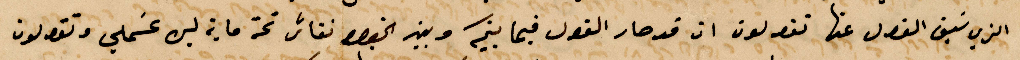
الذي سبق القول عنها تقولون ان قد صار فيما بينكم وبين الخوري نقاشًا نحو ماية ليره عسملي وتقولون